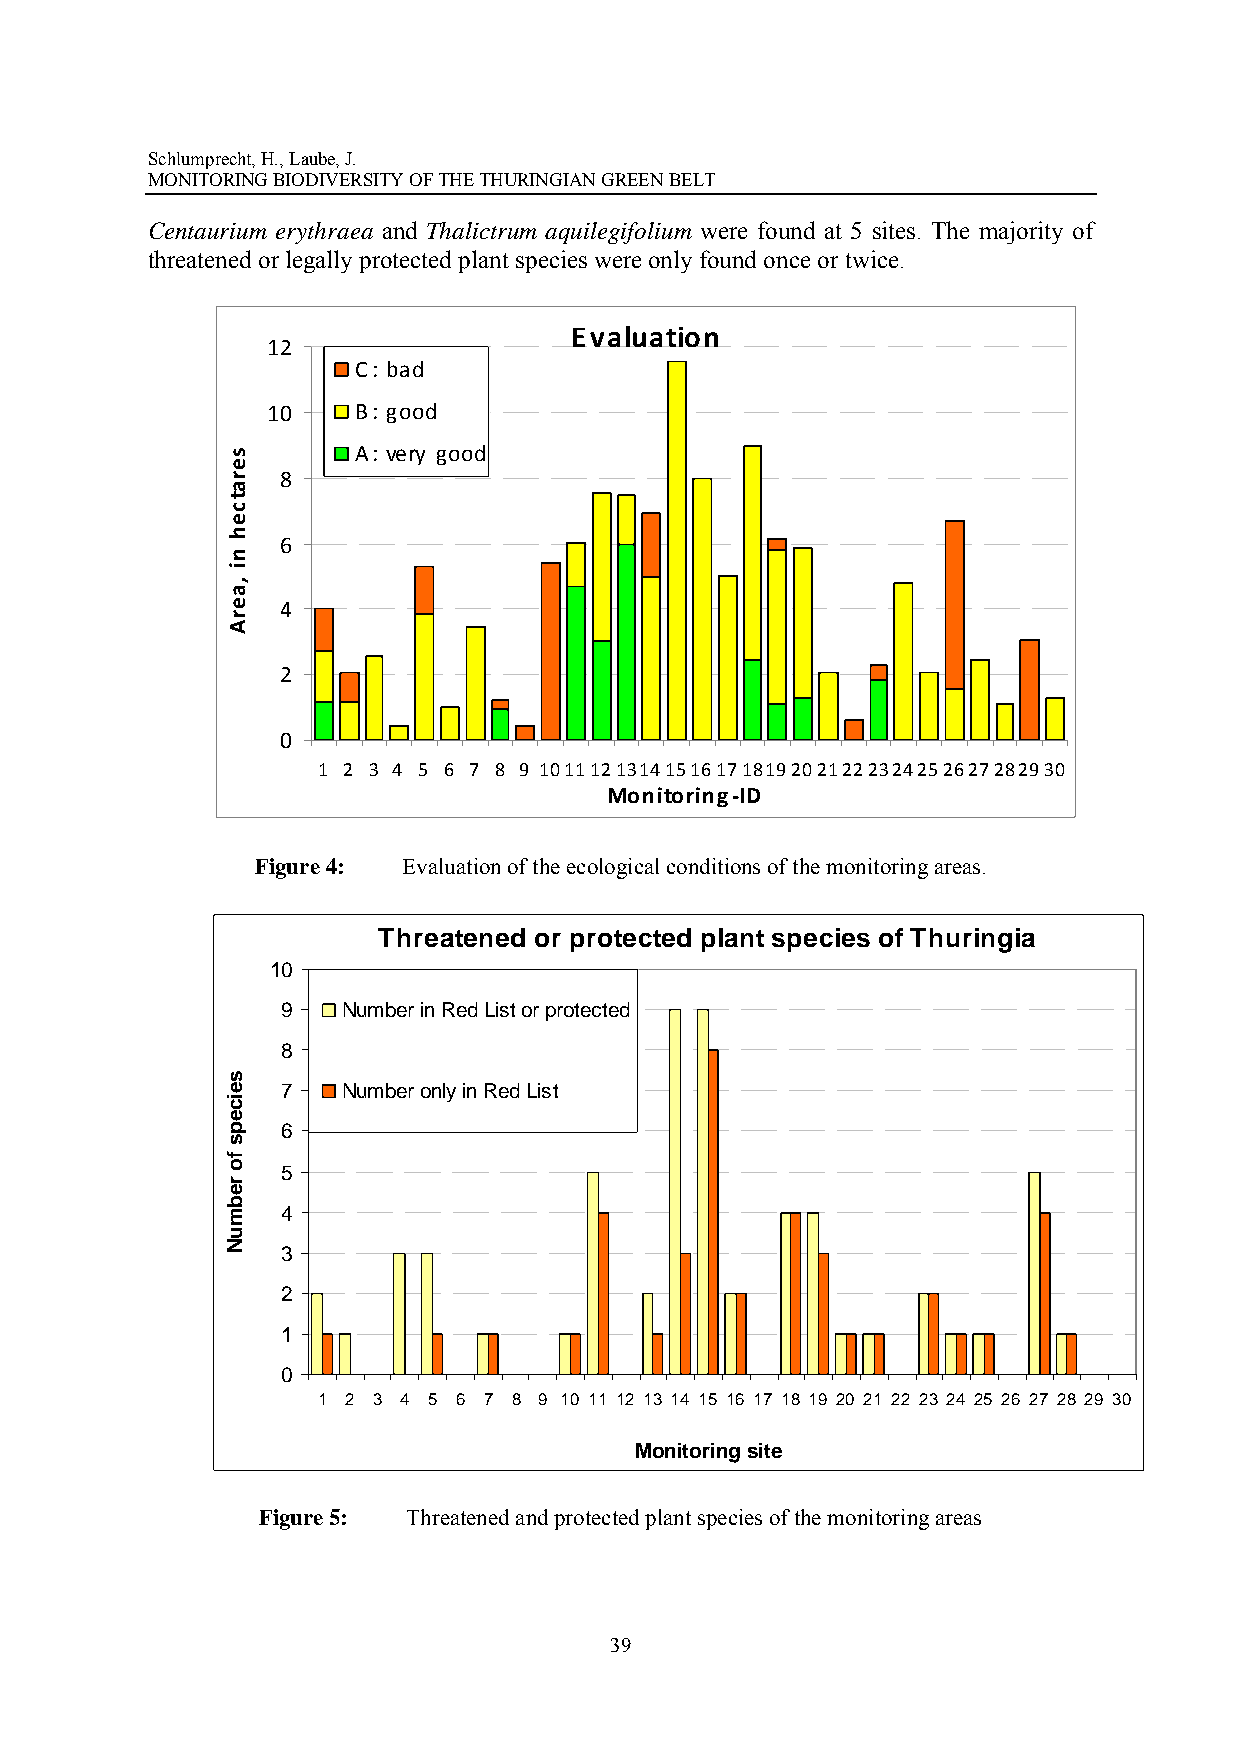
Schlumprecht, H., Laube, J.
 MONITORING BIODIVERSITY OF THE THURINGIAN GREEN BELT
 Centaurium erythraea and Thalictrum aquilegifolium were found at 5 sites. The majority of
 threatened or legally protected plant species were only found once or twice.
 Evaluation
 12
 C: bad
 10   B: good
 A: very good
 8
 6
 4
 2
 0
 1 2 3 4 5 6 7 8 9 101112131415161718192021222324252627282930
 Monitoring‐ID
 Figure 4: Evaluation of the ecological conditions of the monitoring areas.
 Threatened or protected plant species of Thuringia
 10
 9   Number in Red List or protected
 8
 7   Number only in Red List
 6
 5
 4
 3
 2
 1
 0
 1 2 3 4 5 6 7 8 9 10 11 12 13 14 15 16 17 18 19 20 21 22 23 24 25 26 27 28 29 30
 Monitoring site
 Figure 5: Threatened and protected plant species of the monitoring areas
 39
 seratceh
 ni
 ,aerA
 seiceps
 fo
 rebmuN